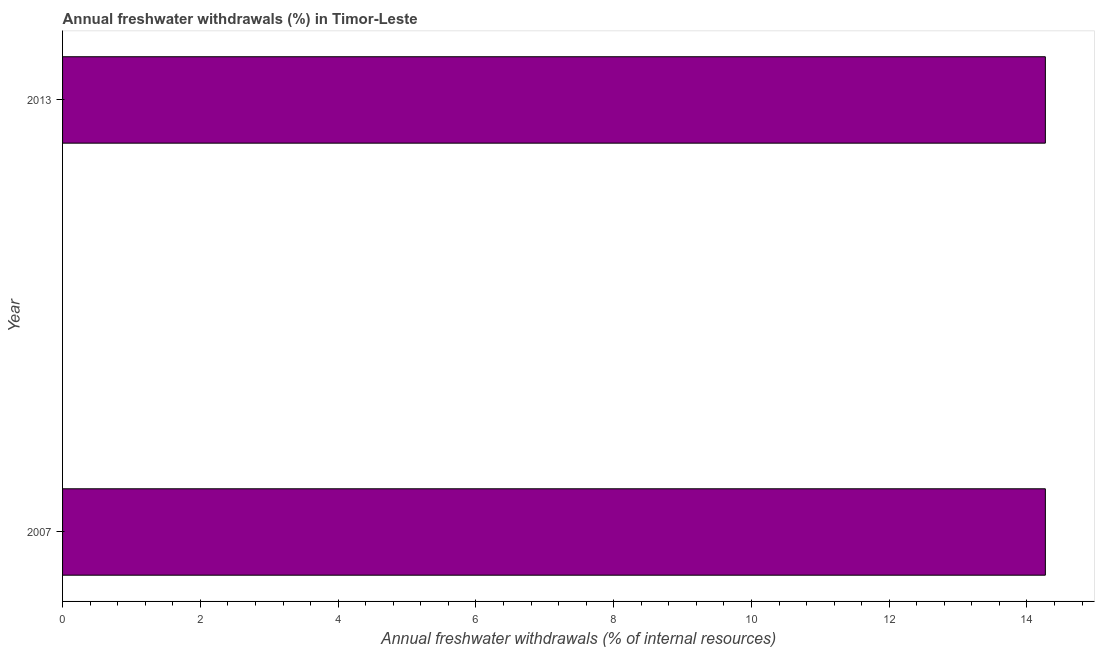
| Year | Annual freshwater withdrawals |
 | --- | --- |
 | 2007 | 14.3 |
 | 2013 | 14.3 |